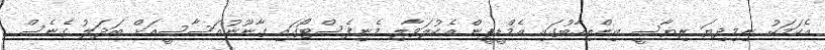
އެކަމަކު ނިމިދިޔަ ރިޔާސީ އިންތިހާބުގައި އެމްޑީޕީން އެކުލަވާލި މެނިފެސްޓޯގައި ގާނޫނުއަސާސީއަށް ބަދަލު ގެނެސް